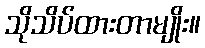
သိုသိပ်ထားတာမျိုး။